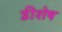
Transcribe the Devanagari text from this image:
डीशेष